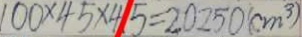
1 0 0 \times 4 5 \times 4 5 = 2 0 2 5 0 ( c m ^ { 3 } )